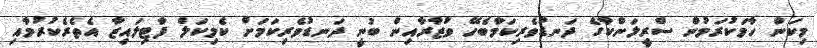
މިކަން ހާމަކުރަމުން ސްރީލަންކާގެ ދަނޑުވެރިކަމާބެހޭ ވުޒާރާއިން ބުނީ ދަނޑުވެރިކަމަށް ކެމިކަލް ފާޓިލައިޒާ އެތެރެކުރުމާއި